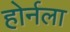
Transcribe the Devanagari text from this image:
होर्नला